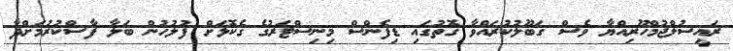
ރައީސުލްޖުމްހޫރިއްޔާ ވެސް ގަބޫލުކުރައްވާ ގޮތުގައި ޑިފެންސް މިނިސްޓަރުގެ ގެކޮޅަށް ފުލުހުން ބަލާ ފާސްކުރުމަށްދާ